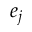
e _ { j }